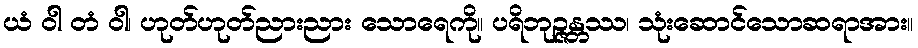
ယံ ဝါ တံ ဝါ၊ ဟုတ်ဟုတ်ညားညား သောရေကို။ ပရိဘုဉ္ဇန္တဿ၊ သုံးဆောင်သောဆရာအား။